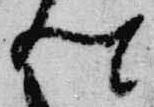
卿